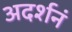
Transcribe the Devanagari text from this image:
अदर्शनं